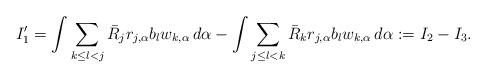
LaTeX: \begin{align*}I'_1 = \int \sum_{k \leq l < j} \bar{R}_j r_{j,\alpha} b_{l} w_{k,\alpha} \, d\alpha- \int \sum_{j \leq l < k} \bar{R}_k r_{j,\alpha} b_{l} w_{k,\alpha} \, d\alpha := I_2 - I_3.\end{align*}